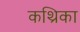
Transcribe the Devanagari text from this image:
कथ्रिका